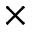
\times